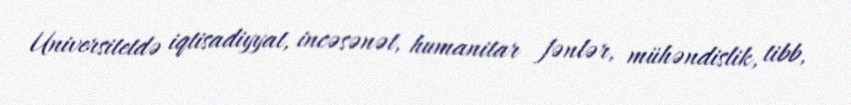
Universitetdə iqtisadiyyat, incəsənət, humanitar fənlər, mühəndislik, tibb,